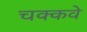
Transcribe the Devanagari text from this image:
चक्‍कवे